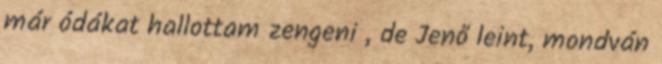
már ódákat hallottam zengeni , de Jenő leint, mondván